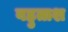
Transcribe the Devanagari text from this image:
बहुताश